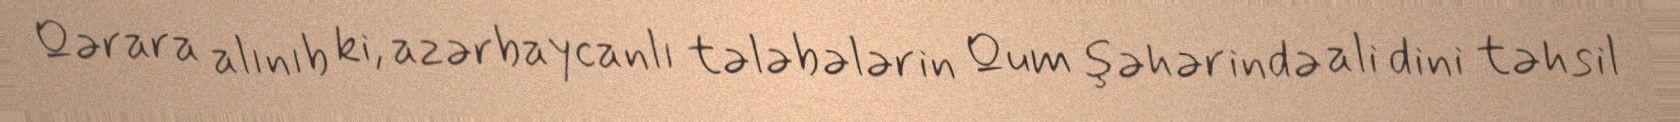
Qərara alınıb ki, azərbaycanlı tələbələrin Qum şəhərində ali dini təhsil